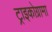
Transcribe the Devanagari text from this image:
ट्राइकोग्रामा